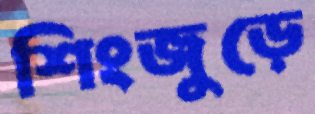
শিংজুড়ে